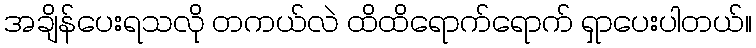
အချိန်ပေးရသလို တကယ်လဲ ထိထိရောက်ရောက် ရှာပေးပါတယ်။